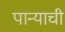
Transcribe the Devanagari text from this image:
पान्याची